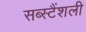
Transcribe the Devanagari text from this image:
सब्स्टैंशली